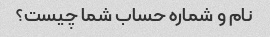
نام و شماره حساب شما چیست؟